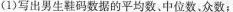
(1)写出男生鞋码数据的平均数。中位数。众数；